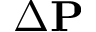
\Delta \mathbf { P }